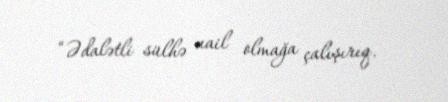
“Ədalətli sülhə nail olmağa çalışırıq.